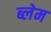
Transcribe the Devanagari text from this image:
ब्लेम